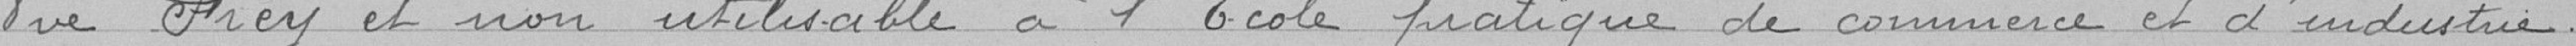
veuve Frey et non utilisable à l'École pratique de commerce et d'industrie